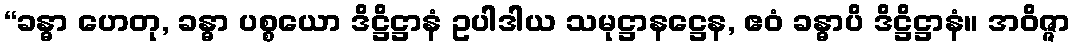
“ခန္ဓာ ဟေတု, ခန္ဓာ ပစ္စယော ဒိဋ္ဌိဋ္ဌာနံ ဥပါဒါယ သမုဋ္ဌာနဋ္ဌေန, ဧဝံ ခန္ဓာပိ ဒိဋ္ဌိဋ္ဌာနံ။ အဝိဇ္ဇာ